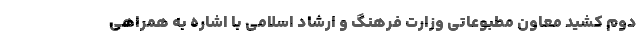
دوم کشید معاون مطبوعاتی وزارت فرهنگ و ارشاد اسلامی با اشاره به همراهی